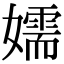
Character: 嬬